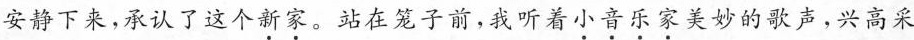
安静下来，承认了这个\underset{·}{新}\underset{·}{家}。站在笼子前，我听着\underset{·}{小}\underset{·}{音}\underset{·}{乐}\underset{·}{家}美妙的歌声，兴高采